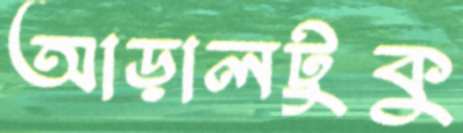
আড়ালটুকু